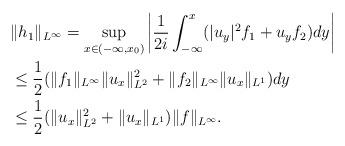
LaTeX: \begin{align*}& \|h_{1 }\|_{L^\infty} = \sup_{x\in (-\infty, x_0)} \bigg| \frac{1}{2i} \int_{-\infty}^x(|u_y|^2 f_1+u_yf_2)dy\bigg| \\ &\leq \frac{1}{2 } ( \|f_1\|_{L^\infty} \|u_x\|_{L^2}^2+\|f_2\|_{L^\infty} \|u_x\|_{L^1})dy \\ & \leq\frac{1}{2}(\|u_x\|^2_{L^2}+\|u_x\|_{L^1})\|f\|_{L^{\infty}}.\end{align*}